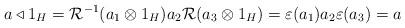
LaTeX: \begin{align*}a\triangleleft 1_{H}=\mathcal{R}^{-1}(a_{1}\otimes1_{H})a_{2}\mathcal{R}(a_{3}\otimes1_{H})=\varepsilon (a_{1})a_{2}\varepsilon (a_{3})=a \end{align*}